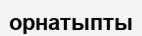
орнатыпты